Hæmogregarina gerbilli - Number 18
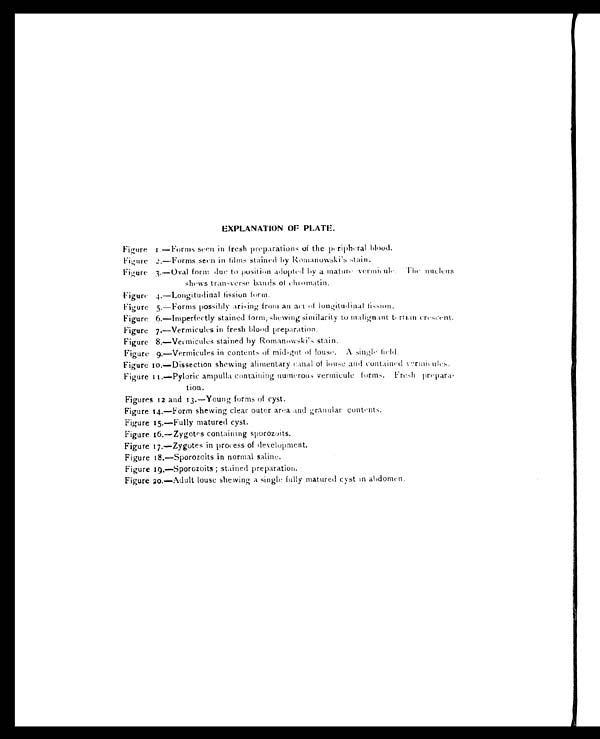
EXPLANATION OF PLATE.
Figure 1.—Forms seen in fresh preparations of the peripheral blood.
Figure 2.—Forms seen in films stained by Romanowski's stain.
Figure 3.—Oval form due to position adopted by a mature vermicule. The nucleus
shews transverse bands of chromatin.
Figure 4.—Longitudinal fission form.
Figure 5.—Forms possibly arising from an act of longitudinal fission.
Figure 6.—Imperfectly stained form, shewing similarity to malignant tertian crescent.
Figure 7.—Vermicules in fresh blood preparation.
Figure 8.—Vermicules stained by Romanowski's stain.
Figure 9.—Vermicules in contents of mid-grit of louse. A single field.
Figure 10.—Dissection shewing alimentary canal of louse and contained vermicules.
Figure 11.—Pyloric ampulla containing numerous vermicule forms. Fresh prepara-
tion.
Figures 12 and 13.—Young forms of cyst.
Figure 14.—Form shewing clear outer area and granular contents.
Figure 15.—Fully matured cyst.
Figure 16.—Zygotes containing sporozoits.
Figure 17.—Zygotes in process of development.
Figure 18.—Sporozoits in normal saline.
Figure 19.—Sporozoits; stained preparation.
Figure 20.—Adult louse shewing a single fully matured cyst in abdomen.